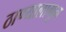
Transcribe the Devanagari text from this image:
ठाण्यालागून